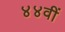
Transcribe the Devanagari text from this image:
४४वीं